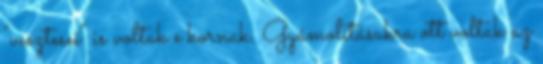
"vesztesei" is voltak e kornak. Gyámolításukra ott voltak az